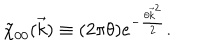
LaTeX: \tilde { \chi } _ { 0 0 } ( \vec { k } ) \equiv ( 2 \pi \theta ) e ^ { - \frac { \theta { \vec { k } } ^ { 2 } } { 2 } } .